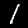
Label: 1